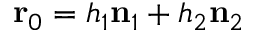
\mathbf { r } _ { 0 } = h _ { 1 } \mathbf { n } _ { 1 } + h _ { 2 } \mathbf { n } _ { 2 }